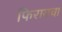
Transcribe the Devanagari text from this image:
फिरायचा